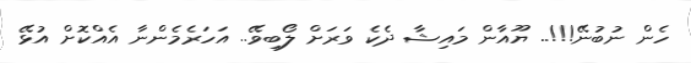
ހެން ނުބުނޭ!!!.. ޔޫއާން މައިޝާ ދެކެ ވަރަށް ލޯބިވޭ.. އަހަރެމެންނާ އެއްކޮށް އުޅޭ